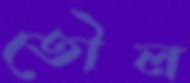
তৌল